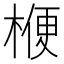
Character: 楩